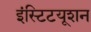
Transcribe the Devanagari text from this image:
इंस्टिटयूशन